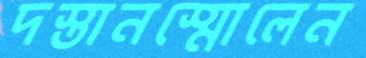
দস্তানস্মোলেন